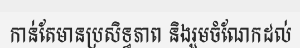
កាន់តែមានប្រសិទ្ធភាព និងរួមចំណែកដល់